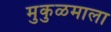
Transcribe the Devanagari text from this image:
मुकुळमाला